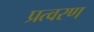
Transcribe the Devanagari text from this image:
प्रत्वरण